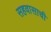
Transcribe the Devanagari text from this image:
सहवासाची